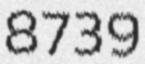
8739